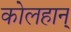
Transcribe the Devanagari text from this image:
कोलहान्